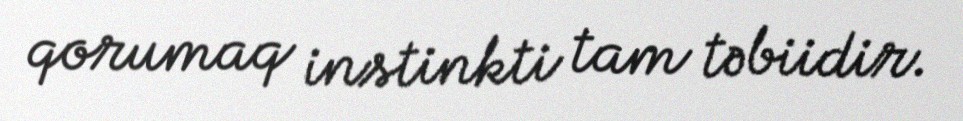
qorumaq instinkti tam təbiidir.